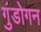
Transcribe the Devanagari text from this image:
गुंडोगन